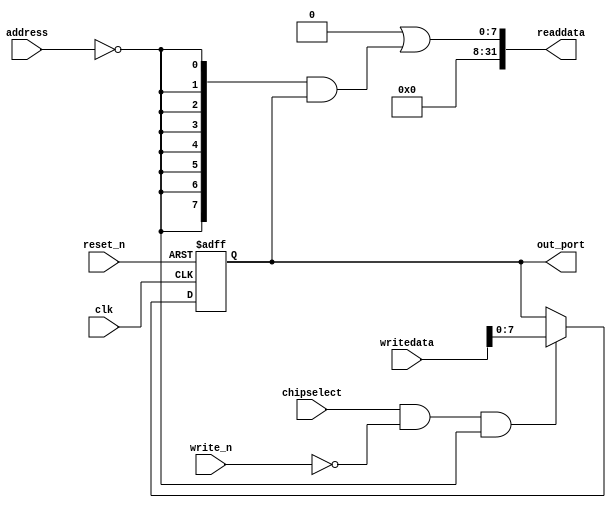
//Legal Notice: (C)2020 Altera Corporation. All rights reserved.  Your
//use of Altera Corporation's design tools, logic functions and other
//software and tools, and its AMPP partner logic functions, and any
//output files any of the foregoing (including device programming or
//simulation files), and any associated documentation or information are
//expressly subject to the terms and conditions of the Altera Program
//License Subscription Agreement or other applicable license agreement,
//including, without limitation, that your use is for the sole purpose
//of programming logic devices manufactured by Altera and sold by Altera
//or its authorized distributors.  Please refer to the applicable
//agreement for further details.

// synthesis translate_off
`timescale 1ns / 1ps
// synthesis translate_on

// turn off superfluous verilog processor warnings 
// altera message_level Level1 
// altera message_off 10034 10035 10036 10037 10230 10240 10030 

module processor_SEG (
                       // inputs:
                        address,
                        chipselect,
                        clk,
                        reset_n,
                        write_n,
                        writedata,

                       // outputs:
                        out_port,
                        readdata
                     )
;

  output  [  7: 0] out_port;
  output  [ 31: 0] readdata;
  input   [  1: 0] address;
  input            chipselect;
  input            clk;
  input            reset_n;
  input            write_n;
  input   [ 31: 0] writedata;


wire             clk_en;
reg     [  7: 0] data_out;
wire    [  7: 0] out_port;
wire    [  7: 0] read_mux_out;
wire    [ 31: 0] readdata;
  assign clk_en = 1;
  //s1, which is an e_avalon_slave
  assign read_mux_out = {8 {(address == 0)}} & data_out;
  always @(posedge clk or negedge reset_n)
    begin
      if (reset_n == 0)
          data_out <= 0;
      else if (chipselect && ~write_n && (address == 0))
          data_out <= writedata[7 : 0];
    end


  assign readdata = {32'b0 | read_mux_out};
  assign out_port = data_out;

endmodule